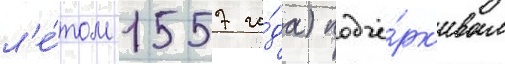
л'е́том 1557 го́да) подчё́рк'ивал